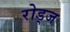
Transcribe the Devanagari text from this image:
रोड्ज